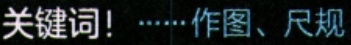
关键词！……作图、尺规